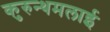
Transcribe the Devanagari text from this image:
कुरुन्थमलाई